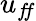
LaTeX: u_{f\! f}